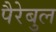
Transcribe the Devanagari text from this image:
पैरेबुल